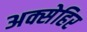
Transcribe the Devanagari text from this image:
अक्सेहिर